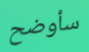
سأوضح